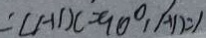
: \angle A D C = 9 0 ^ { \circ } A D = 1